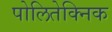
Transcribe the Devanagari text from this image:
पोलितेक्निक